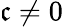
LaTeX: \mathfrak{c}\neq0